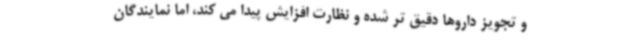
و تجویز داروها دقیق تر شده و نظارت افزایش پیدا می کند، اما نمایندگان